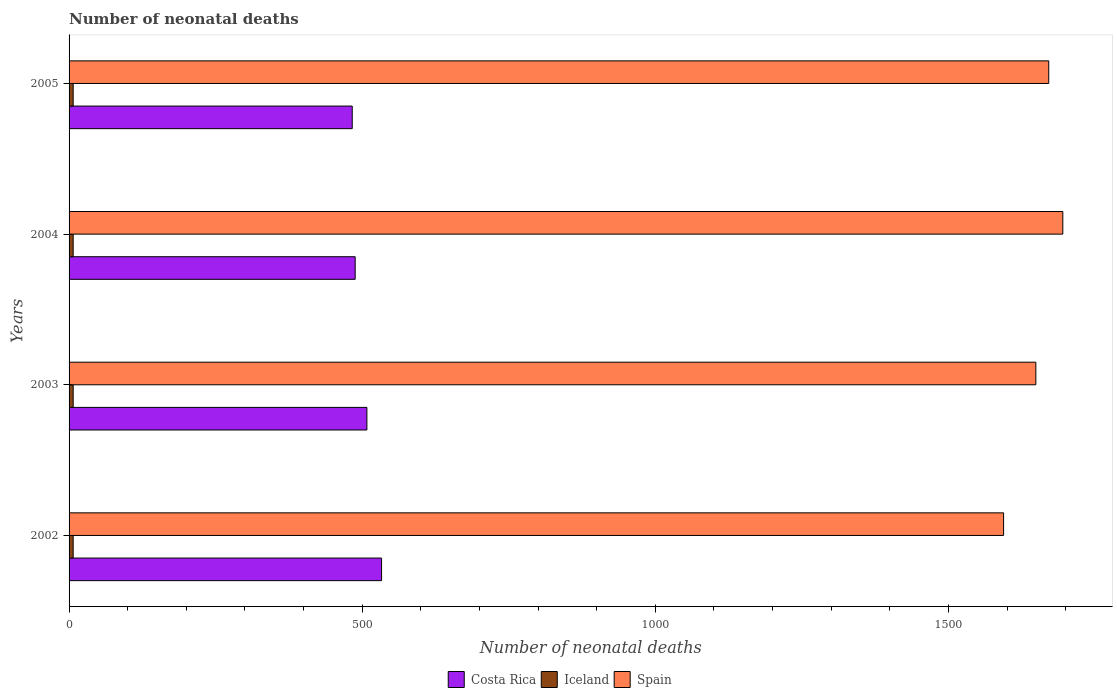
| Years | Costa Rica | Iceland | Spain |
 | --- | --- | --- | --- |
 | 2002 | 533 | 7 | 1.59e+03 |
 | 2003 | 508 | 7 | 1.65e+03 |
 | 2004 | 488 | 7 | 1.7e+03 |
 | 2005 | 483 | 7 | 1.67e+03 |